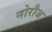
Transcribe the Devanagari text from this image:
नोरौज